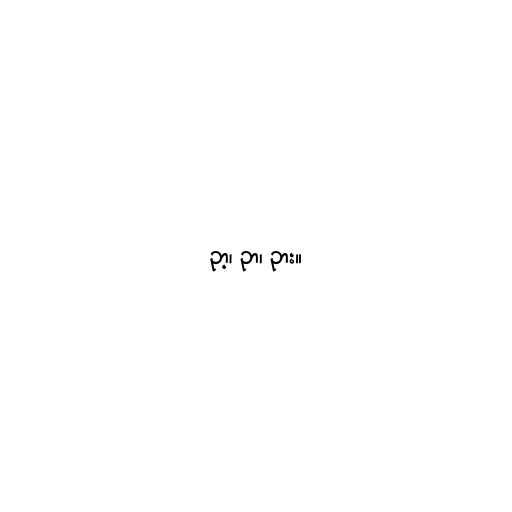
ဉာ့၊ ဉာ၊ ဉား။